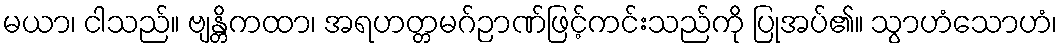
မယာ၊ ငါသည်။ ဗျန္တိကထာ၊ အရဟတ္တမဂ်ဉာဏ်ဖြင့်ကင်းသည်ကို ပြုအပ်၏။ သွာဟံသောဟံ၊